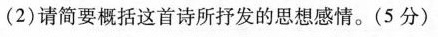
(2)请简要概括这首诗所抒发的思想感情。(5分)